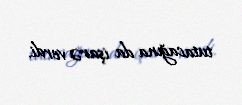
tutacağına da işarə verdi.